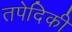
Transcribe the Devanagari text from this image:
तपेदिकी